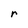
Character: r